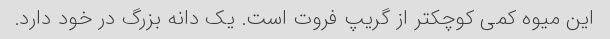
این میوه کمی کوچکتر از گریپ فروت است. یک دانه بزرگ در خود دارد.